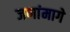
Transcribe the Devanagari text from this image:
जणांमागे